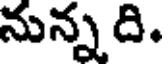
నున్నది.